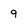
Character: 9